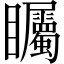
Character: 矚